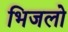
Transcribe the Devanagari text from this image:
भिजलो